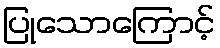
ပြုသောကြောင့်